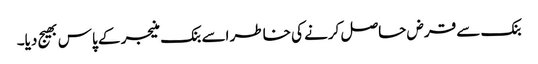
بنک سے قرض حاصل کرنے کی خاطر اسے بنک منیجر کے پاس بھیج دیا۔